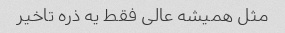
مثل همیشه عالی فقط یه ذره تاخیر